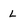
Character: L